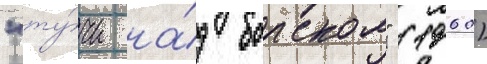
"ту́чи на́д борском" (1960)